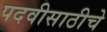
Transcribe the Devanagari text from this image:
पदवीसाठीचे